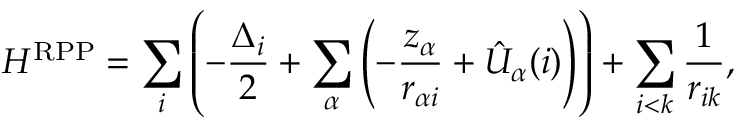
H ^ { \mathrm { R P P } } = \sum _ { i } \left( - \frac { \Delta _ { i } } { 2 } + \sum _ { \alpha } \left( - \frac { z _ { \alpha } } { r _ { \alpha i } } + \hat { U } _ { \alpha } ( i ) \right) \right) + \sum _ { i < k } \frac { 1 } { r _ { i k } } ,